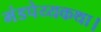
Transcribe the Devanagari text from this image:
मंडपेय्यकथा।